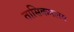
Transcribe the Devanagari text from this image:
तासिकमलय